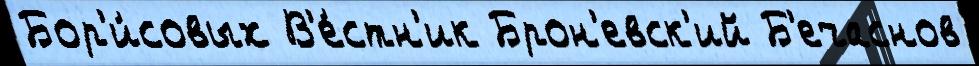
Бор'и́совых В'е́стн'ик Брон'евск'ий Б'ечаснов